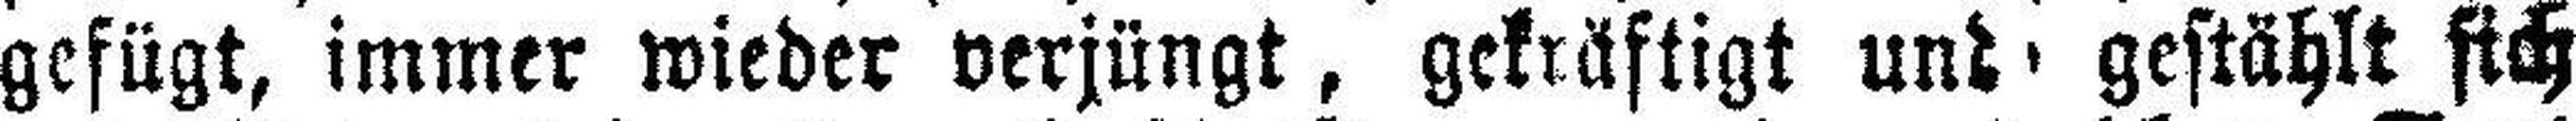
gefügt, immer wieder verjüngt, gekräftigt und gestählt sich